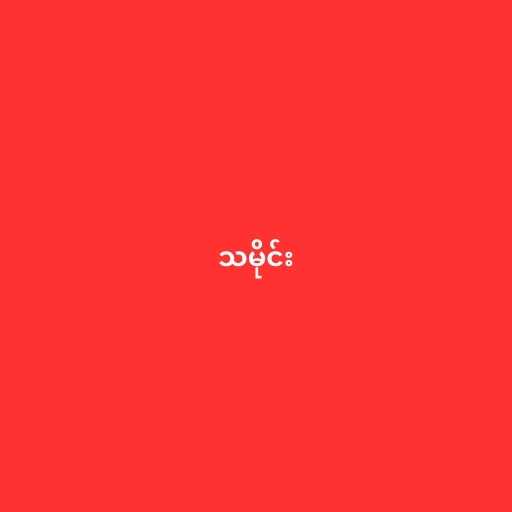
သမိုင်း